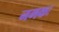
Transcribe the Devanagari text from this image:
नमकः